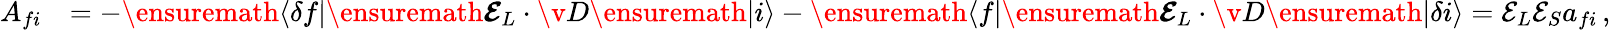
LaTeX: \begin{array}{rl}{A_{fi}}&{=-\ensuremath{\langle\delta f|}\ensuremath{\boldsymbol{{\mathbfcal{E}}}}_{L}\cdot{\v{D}}\ensuremath{|i\rangle}-\ensuremath{\langle f|}\ensuremath{\boldsymbol{{\mathbfcal{E}}}}_{L}\cdot{\v{D}}\ensuremath{|\delta i\rangle}={{\mathcal{E}}}_{L}{{\mathcal{E}}}_{S}a_{fi}\, ,}\end{array}